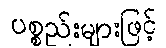
ပစ္စည်းများဖြင့်